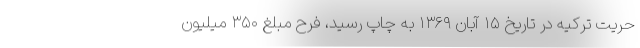
حریت ترکیه در تاریخ ۱۵ آبان ۱۳۶۹ به چاپ رسید، فرح مبلغ ۳۵۰ میلیون